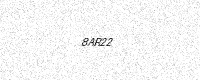
Text: 8AR22